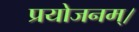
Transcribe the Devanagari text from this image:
प्रयोजनम्।